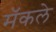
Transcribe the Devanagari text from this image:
मॅकले